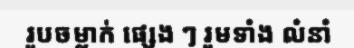
រូបចម្លាក់ ផ្សេង ៗ រួមទាំង លំនាំ